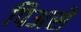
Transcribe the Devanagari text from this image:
पिअसे